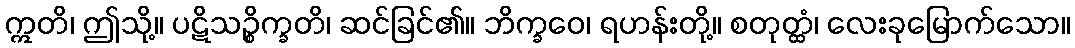
ဣတိ၊ ဤသို့။ ပဋိသဉ္စိက္ခတိ၊ ဆင်ခြင်၏။ ဘိက္ခဝေ၊ ရဟန်းတို့။ စတုတ္ထံ၊ လေးခုမြောက်သော။